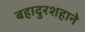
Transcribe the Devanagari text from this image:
बहादुरशहाने